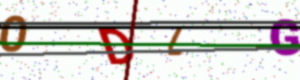
Text: ODLG